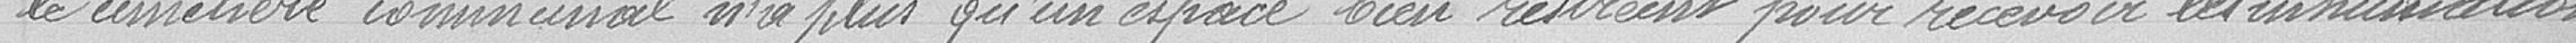
le cimetière communal n'a plus qu'un espace bien restreint pour recevoir les inhumations